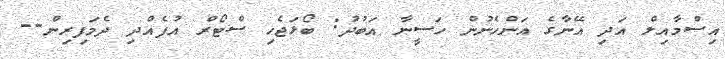
އިސްމާއިލް އަދި އޭނާގެ އަންހެނުން ހަސީނާ އަބުދު: ބޯޅަޖެހި ސްޓޯރް އުފެއްދި ދެމަފިރިން--